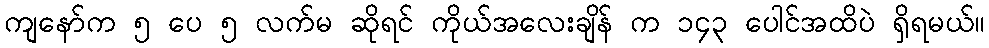
ကျနော်က ၅ ပေ ၅ လက်မ ဆိုရင် ကိုယ်အလေးချိန် က ၁၄၃ ပေါင်အထိပဲ ရှိရမယ်။